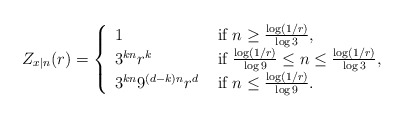
\begin{align*}Z_{x|n}(r)=\left\{\begin{array}{ll}1 &\mbox{ if }n\geq \frac{\log(1/r)}{\log 3},\\3^{kn} r^k &\mbox{ if } \frac{\log (1/r)}{\log 9}\leq n\leq \frac{\log(1/r)}{\log 3},\\3^{kn}9^{(d-k)n}r^d &\mbox{ if } n\leq \frac{\log (1/r)}{\log 9}.\end{array}\right.\end{align*}